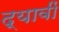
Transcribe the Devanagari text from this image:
द्यावीं